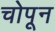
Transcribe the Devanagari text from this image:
चोपून